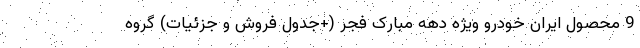
9 محصول ایران خودرو ویژه دهه مبارک فجر (+جدول فروش و جزئیات) گروه